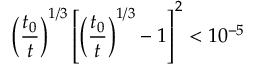
\left( \frac { t _ { 0 } } { t } \right) ^ { 1 / 3 } \left[ \left( \frac { t _ { 0 } } { t } \right) ^ { 1 / 3 } - 1 \right] ^ { 2 } < 1 0 ^ { - 5 }